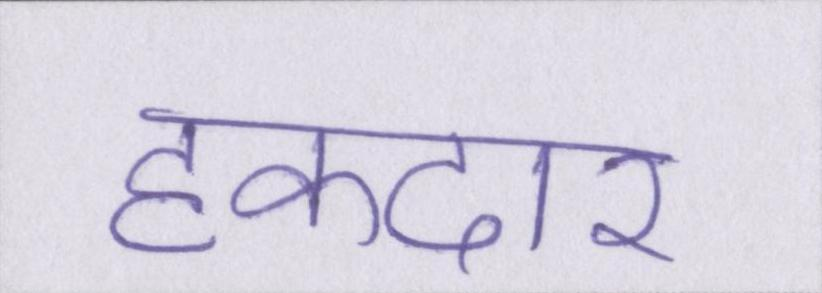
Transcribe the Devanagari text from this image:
हकदार